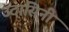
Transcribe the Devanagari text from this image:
उदासिनी